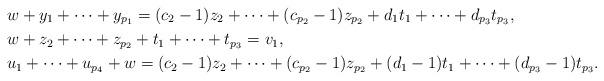
LaTeX: \begin{align*}&w+y_1+\cdots+y_{p_1}=(c_2-1)z_2+\cdots+(c_{p_2}-1)z_{p_2}+d_1t_1+\cdots+d_{p_3}t_{p_3}, \\&w+z_2+\cdots+z_{p_2}+t_1+\cdots+t_{p_3}=v_1, \\&u_1+\cdots+u_{p_4}+w=(c_2-1)z_2+\cdots+(c_{p_2}-1)z_{p_2}+(d_1-1)t_1+\cdots+(d_{p_3}-1)t_{p_3}. \end{align*}